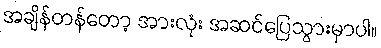
အချိန်တန်တော့ အားလုံး အဆင်ပြေသွားမှာပါ။